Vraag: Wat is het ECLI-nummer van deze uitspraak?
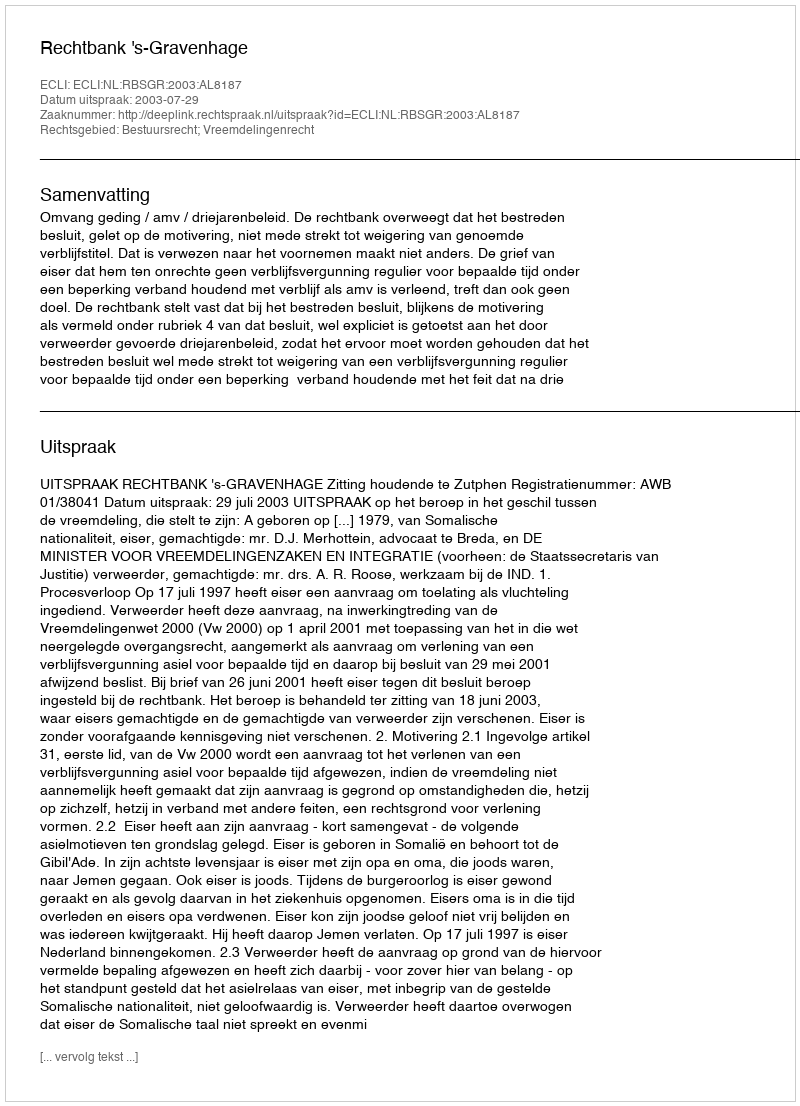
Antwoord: ECLI:NL:RBSGR:2003:AL8187